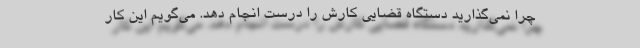
چرا نمی‌گذارید دستگاه قضایی کارش را درست انجام دهد. می‌گویم این کار